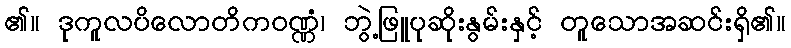
၏။ ဒုကူလပိလောတိကဝဏ္ဏံ၊ ဘွဲ့ဖြူပုဆိုးနွမ်းနှင့် တူသောအဆင်းရှိ၏။